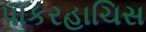
પાકરહાચિસ